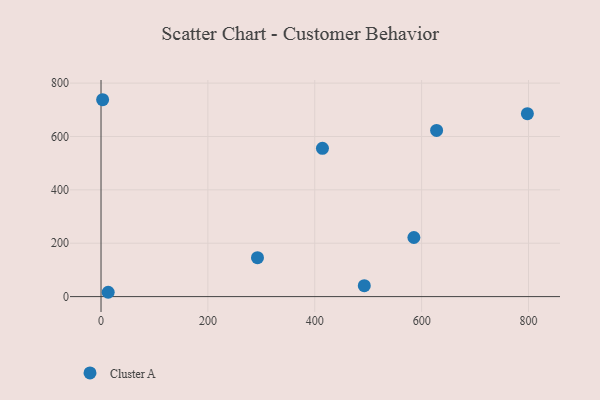
{"axis": {"x": "Investment", "y": "Fuel Efficiency"}, "legend": ["Cluster A"], "data": [{"x": "292.8", "y": 145.7, "type": "Cluster A"}, {"x": "585.5", "y": 221.4, "type": "Cluster A"}, {"x": "414.4", "y": 555.8, "type": "Cluster A"}, {"x": "797.9", "y": 685.6, "type": "Cluster A"}, {"x": "628.0", "y": 622.7, "type": "Cluster A"}, {"x": "13.4", "y": 16.2, "type": "Cluster A"}, {"x": "3.0", "y": 737.8, "type": "Cluster A"}, {"x": "492.7", "y": 40.9, "type": "Cluster A"}]}